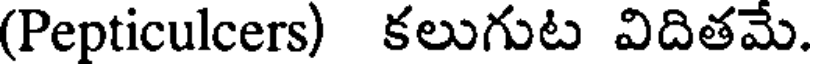
(Pepticulcers) కలుగుట విదితమే.